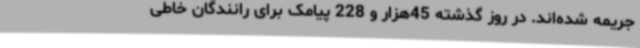
جریمه شده‌اند. در روز گذشته 45هزار و 228 پیامک برای رانندگان خاطی